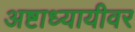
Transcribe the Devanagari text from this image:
अष्टाध्यायीवर